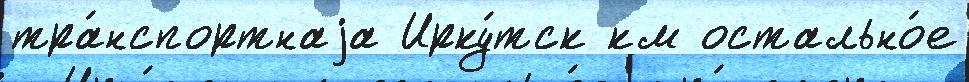
тра́нспортнаjа Ирку́тск км остально́е